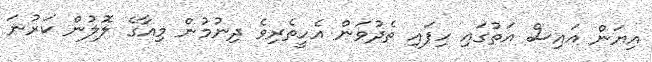
އިޔަން އައިސް އަތުގައި ހިފައި ތެދުވަން އެހީތެރިވެ ދިނުމުން މިއާގެ ލޮލުން ކަރުނަ